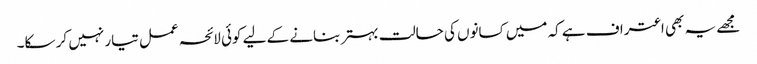
مجھے یہ بھی اعتراف ہے کہ میں کسانوں کی حالت بہتر بنانے کے لیے کوئی لائحہ عمل تیار نہیں کر سکا۔